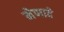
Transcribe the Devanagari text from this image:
मेणादे